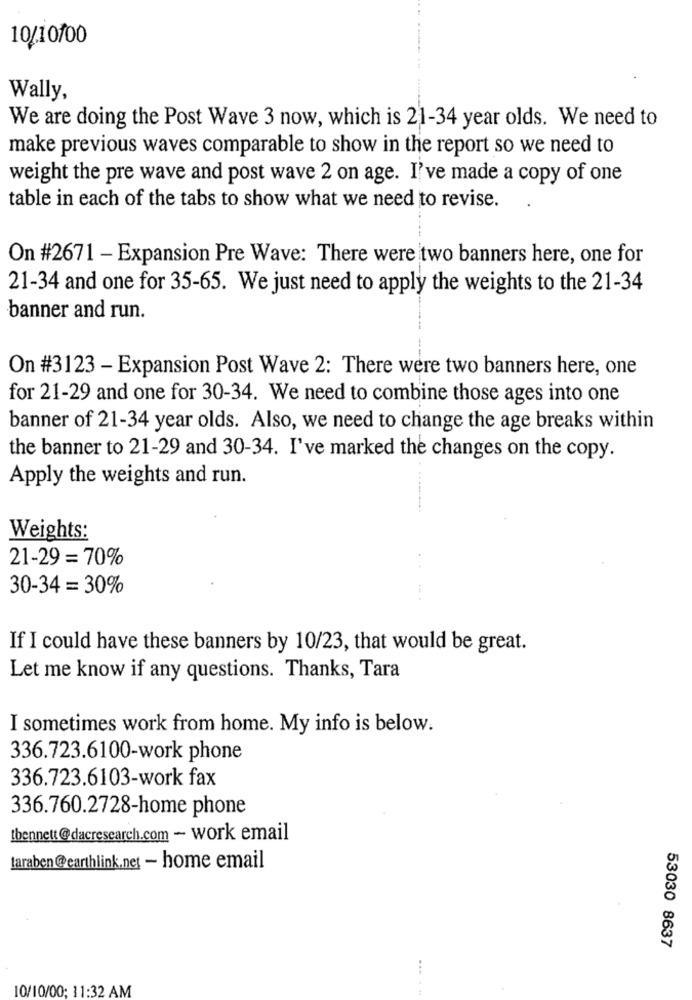
10/10/00
Wally,
We are doing the Post Wave 3 now, which is 21-34 year olds. We need to
make previous waves comparable to show in the report so we need to
weight the pre wave and post wave 2 on age. I've made a copy of one
table in each of the tabs to show what we need to revise.
On #2671 - Expansion Pre Wave: There were two banners here, one for
21-34 and one for 35-65. We just need to apply the weights to the 21-34
banner and run.
On #3123 - Expansion Post Wave 2: There were two banners here, one
for 21-29 and one for 30-34. We need to combine those ages into one
banner of 21-34 year olds. Also, we need to change the age breaks within
the banner to 21-29 and 30-34. I've marked the changes on the copy.
Apply the weights and run.
Weights:
21-29 = 70%
30-34 = 30%
If I could have these banners by 10/23, that would be great.
Let me know if any questions. Thanks, Tara
I sometimes work from home. My info is below.
336.723.6100-work phone
336.723.6103-work fax
336.760.2728-home phone
tbennett @dacresearch.com - work email
Laraben @earthlink.net - home email
53030 8637
10/10/00; 11:32 AM
.....